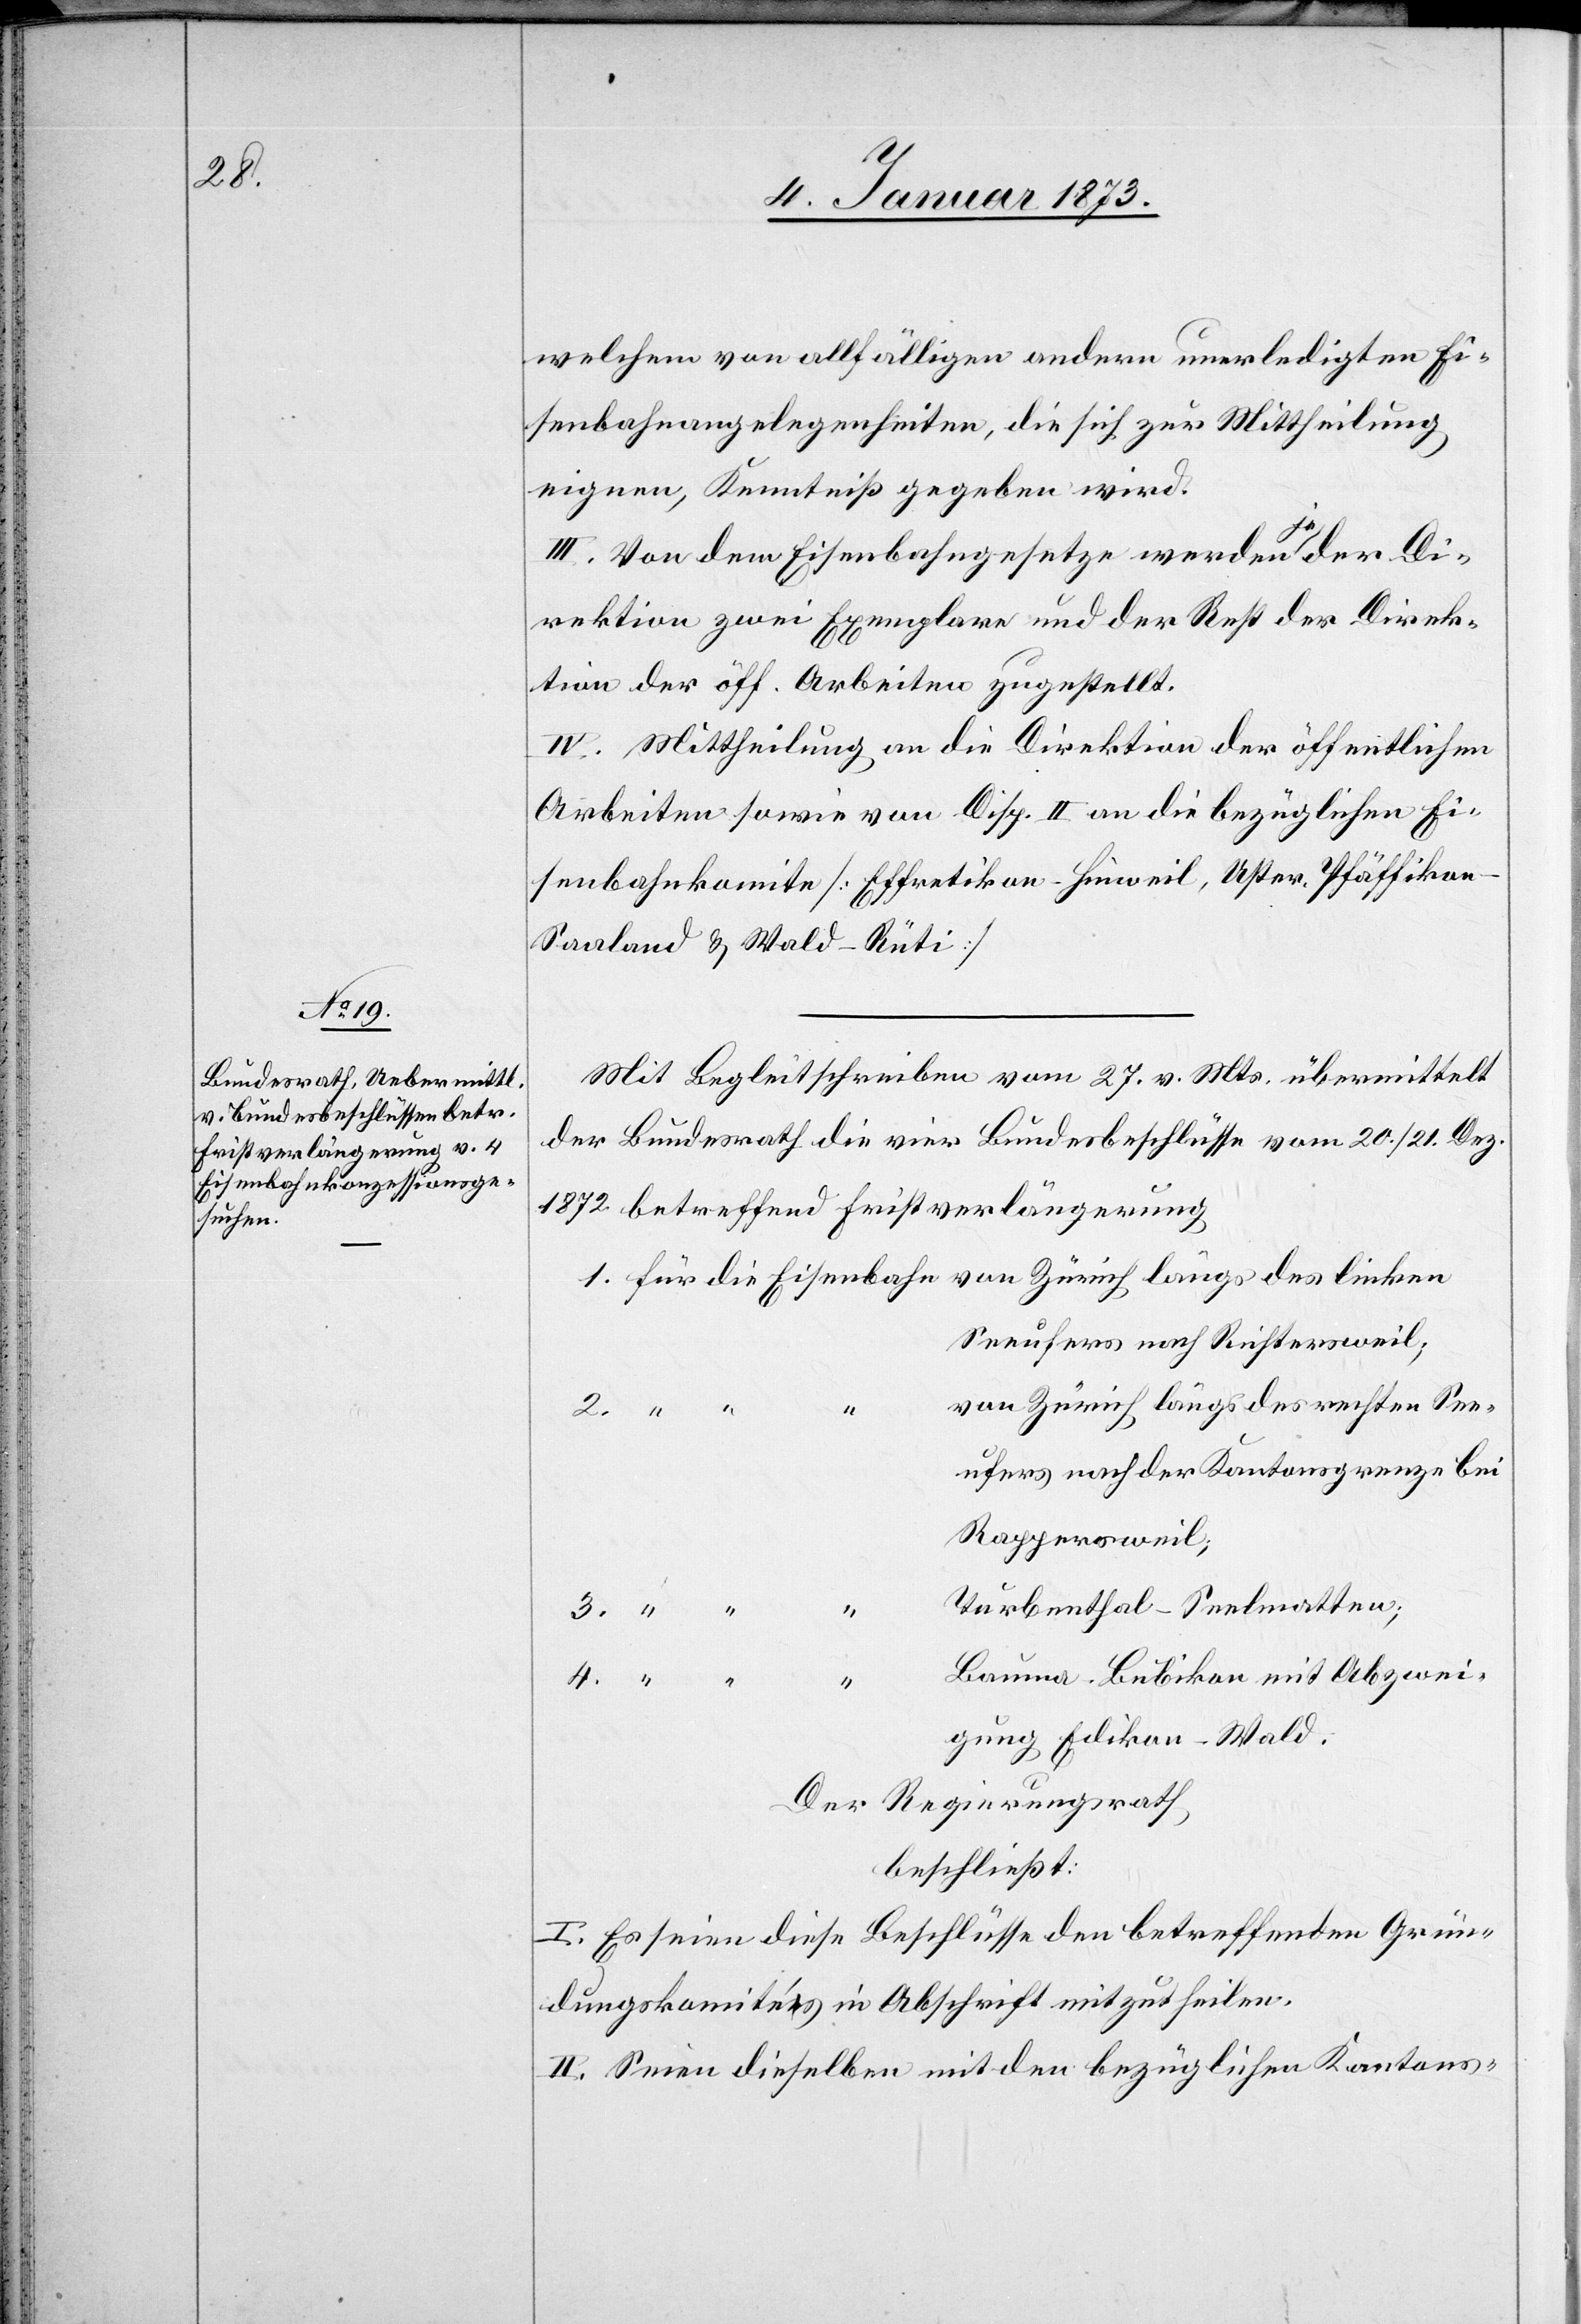
ufers
welchem von allfälligen andern unerledigten Ei¬
senbahnangelegenheiten, die sich zur Mittheilung
eignen, Kenntniß gegeben wird.
III. Von dem Eisenbahngesetze werden a-je-ader Di¬
rektion zwei Exemplare und der Rest der Direk¬
tion der öff. Arbeiten zugestellt.
IV. Mittheilung an die Direktion der öffentlichen
Arbeiten sowie von Disp. II an die bezüglichen Ei¬
senbahnkomite [Effretikon–Hinweil, Uster, Pfäffikon–S¬
aaland & Wald-Rüti].
Mit Begleitschreiben vom 27. v. Mts übermittelt
der Bundesrath die vier Bundesbeschlüsse vom 20./21. Dez.
1872 betreffend Fristverlängerung
von Zürich längs des linken
1. für die Eisenbahn
Seeufers nach Richtersweil;
von Zürich längs des rechten See¬
Rappersweil;
Turbenthal – Seelmatten;
4.
Bauma – Bubikon mit Abzwei¬
gung Edikon – Wald.
Der Regierungsrath
beschließt:
I. Es seien diese Beschlüsse den betreffenden Grün¬
dungskomitees in Abschrift mitzutheilen.
II. Seien dieselben mit den bezüglichen Kantons-